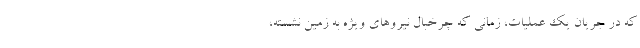
که در جریان یک عملیات‌، زمانی که چرخبال نیروهای ویژه به زمین نشسته،